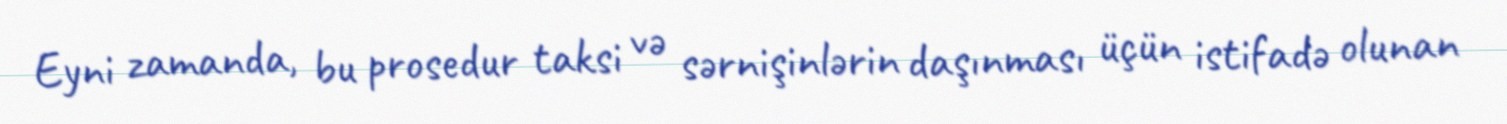
Eyni zamanda, bu prosedur taksi və sərnişinlərin daşınması üçün istifadə olunan